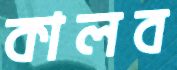
কালব